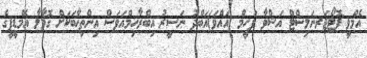
އެމްވީ ފޮޓޯޖަރނަލިސްޓް އަޝްވާ ފަހީމް (އައްވަ)އަބްދު ނަސީރު އިބްރާހިމްއަވަސް އިންތިޚާބަކަށް ގޮވާލާ އެމްޑީޕީގެ